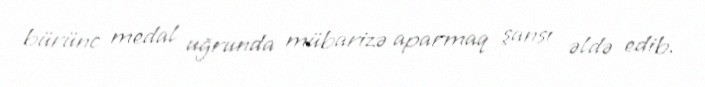
bürünc medal uğrunda mübarizə aparmaq şansı əldə edib.